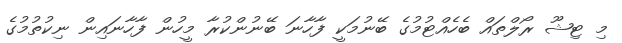
މި ޓިޝޫ ރޯލްތައް ބެހެއްޓުމުގެ ބޭނުމަކީ ފާހާނަ ބޭނުންކުރާ މީހުން ފާހާނައިން ނިކުތުމުގެ